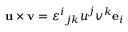
\mathbf { u } \times \mathbf { v } = \varepsilon ^ { i } { } _ { j k } u ^ { j } v ^ { k } \mathbf { e } _ { i }